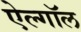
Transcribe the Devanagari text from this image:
ऐल्गॉल